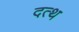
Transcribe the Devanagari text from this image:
दत्थ